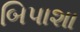
બિપાશા